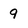
Character: 9